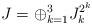
LaTeX: \begin{align*} J=\oplus^3_{k=1} J^{2^k}_k \end{align*}